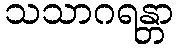
သသာဂရန္တာ